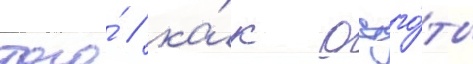
того́ / ка́к остго́ты